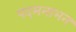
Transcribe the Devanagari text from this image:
पदमनाभन